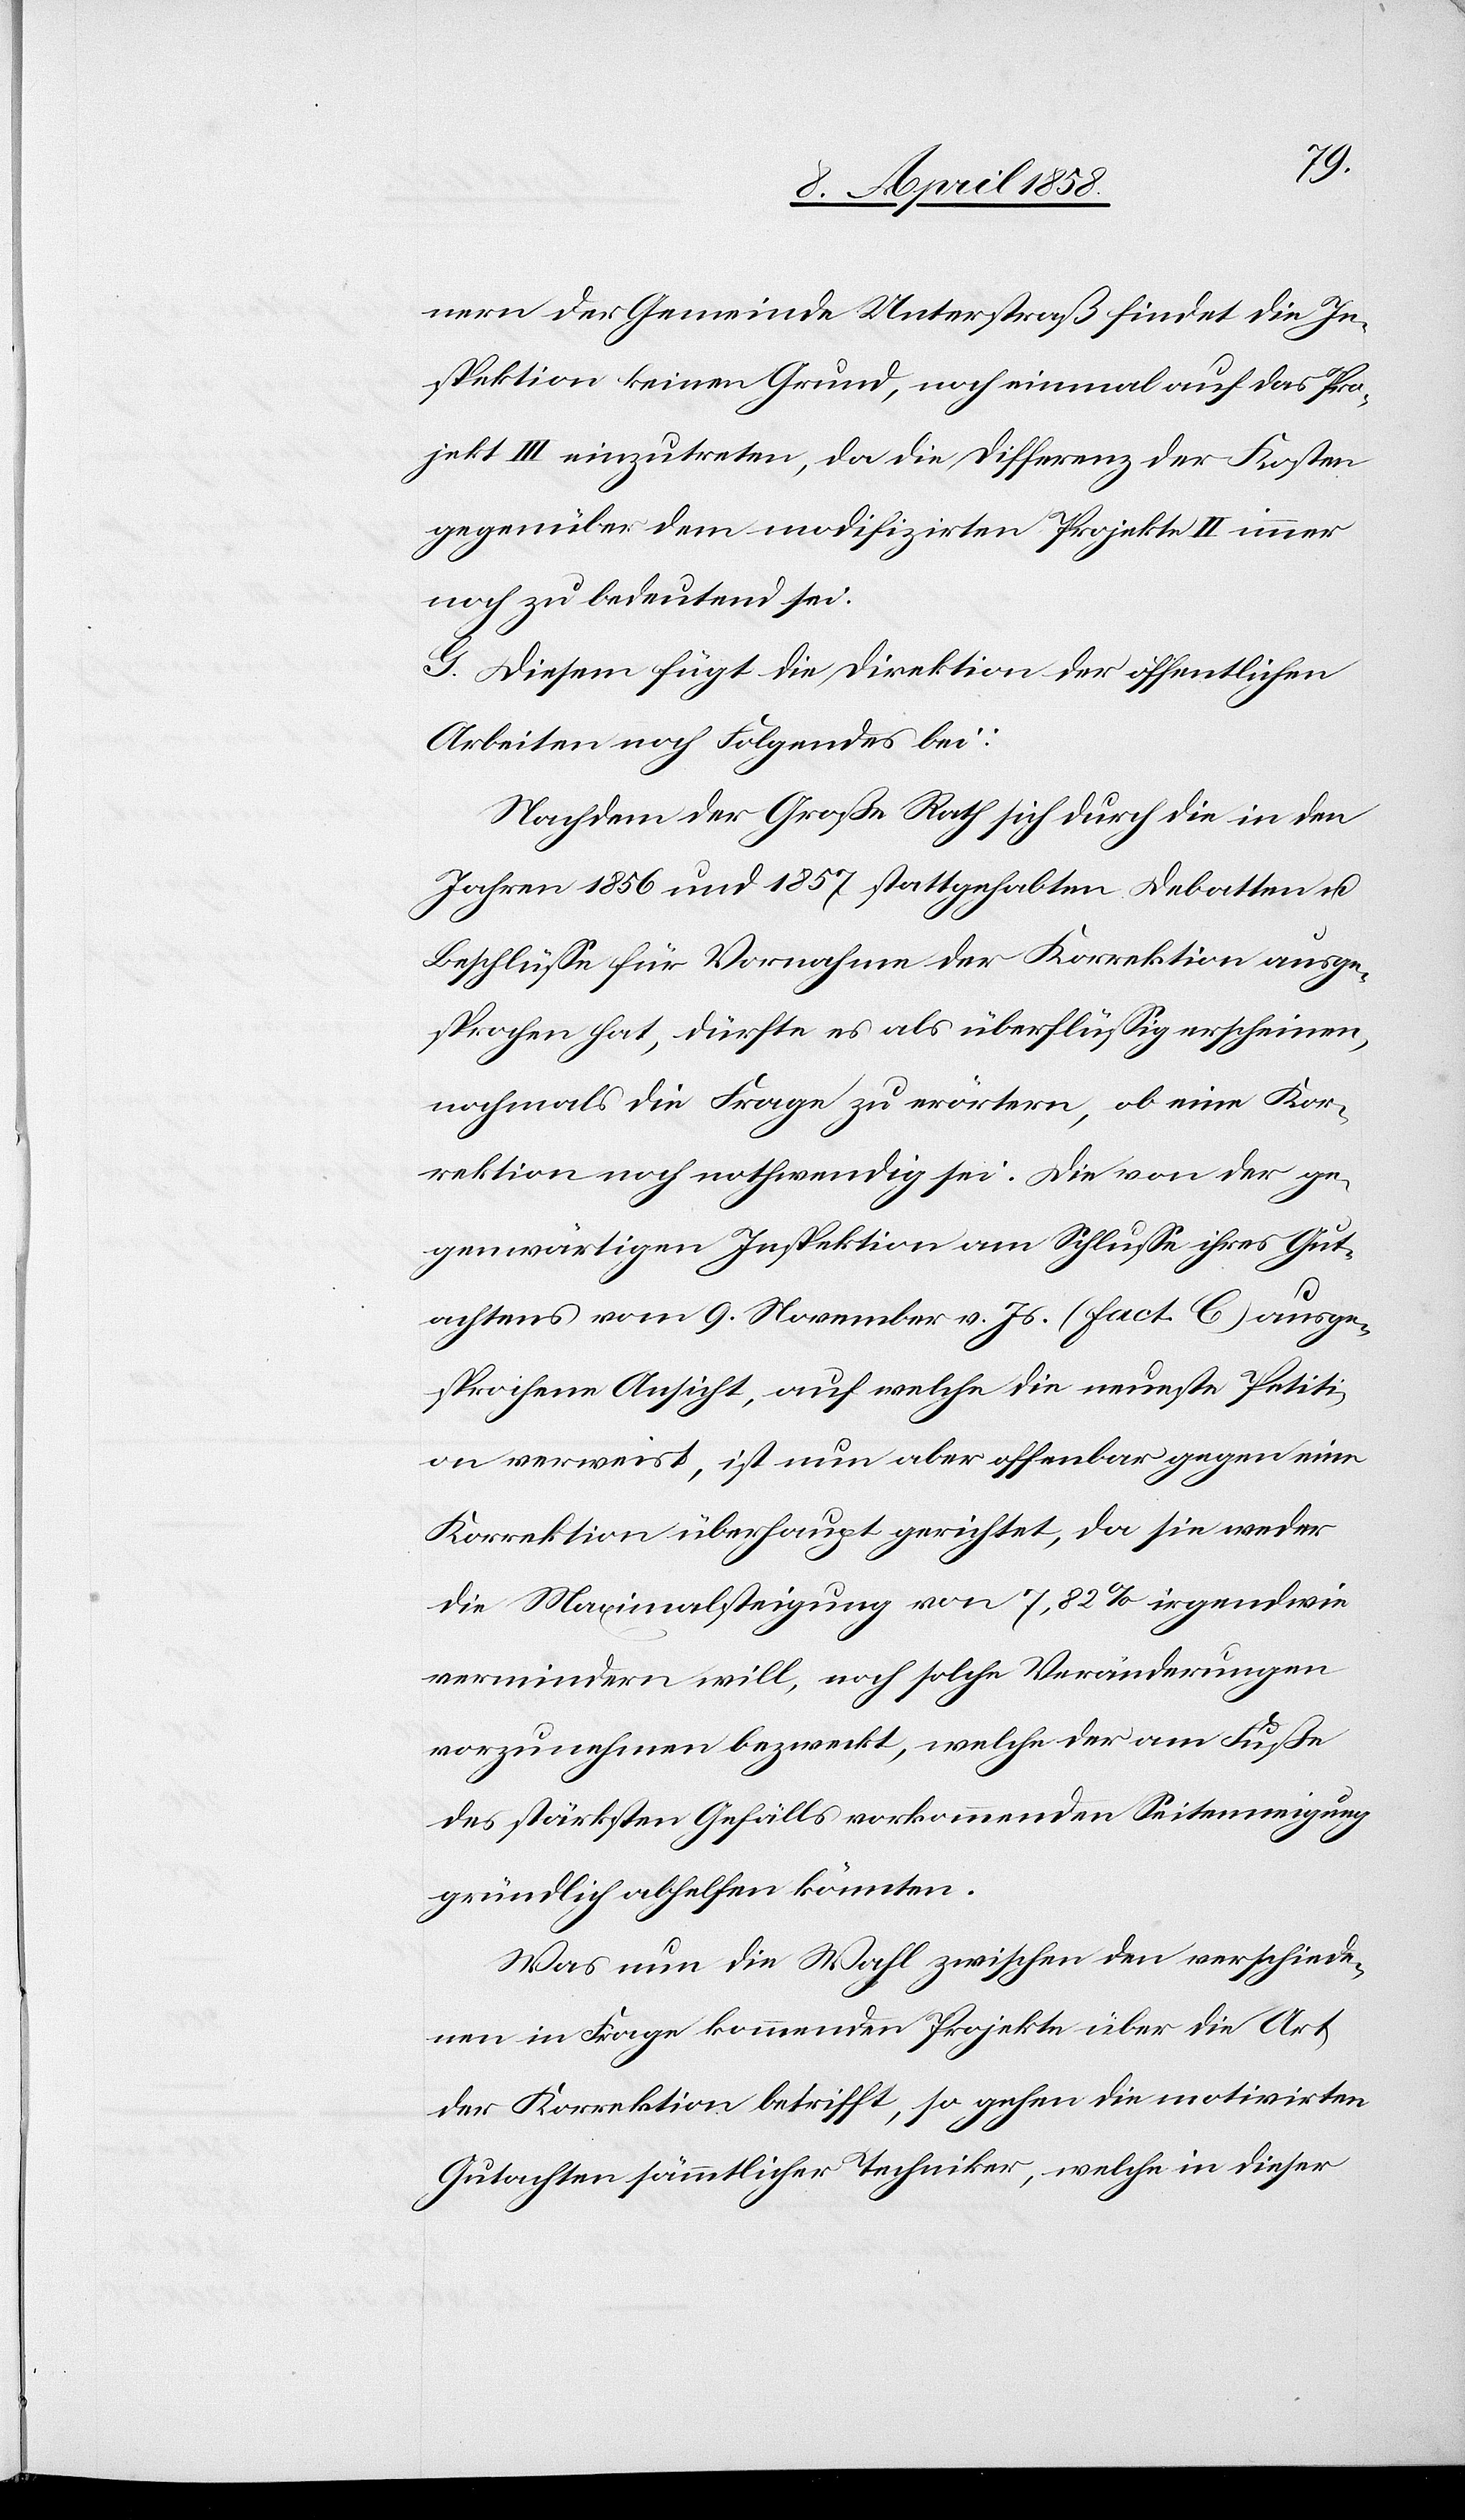
nern der Gemeinde Unterstraß findet die In¬
spektion keinen Grund, noch einmal auf das Pro¬
jekt III einzutreten, da die Differenz der Kosten
gegenüber dem modifizirten Projekte II immer
noch zu bedeutend sei.
G. Diesem fügt die Direktion der öffentlichen
Arbeiten Folgendes bei:
Nachdem der Große Rath sich durch die in den
Jahren 1856 und 1857 stattgehabten Debatten u.
Beschlüsse für Vornahme der Korrektion ausge¬
sprochen hat, dürfte es als überflüssig erscheinen,
nochmals die Frage zu erörtern, ob eine Kor¬
rektion noch nothwendig sei. Die von der ge¬
genwärtigen Inspektion am Schlusse ihres Gut¬
achtens vom 9. November v. Js. (Fact. C) ausge¬
sprochene Ansicht, auf welche die neueste Petiti¬
on verweist, ist nun aber offenbar gegen eine
Korrektion überhaupt gerichtet, da sie weder
die Maximalsteigung von 7,82% irgendwie
vermindern will, noch solche Veränderungen
vorzunehmen bezweckt, welche der am Fuße
des stärksten Gefälls vorkommenden Seitenneigung
gründlich abhelfen könnten.
Was nun die Wahl zwischen den verschiede¬
nen in Frage kommenden Projekte über die Art
der Korrektion betrifft, so gehen die motivirten
Gutachten sämmtlicher Techniker, welche in dieser